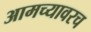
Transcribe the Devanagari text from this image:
आमच्यावरच